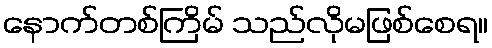
နောက်တစ်ကြိမ် သည်လိုမဖြစ်စေရ။